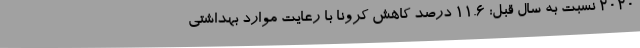
2020 نسبت به سال قبل: 11.6 درصد کاهش کرونا با رعایت موارد بهداشتی